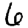
Digit: 6